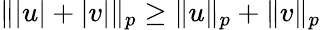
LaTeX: \| |u|+|v|\| _{p}\geq\| u\| _{p}+\| v\| _{p}